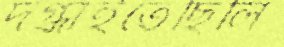
দগ্ধাইতেছিলি